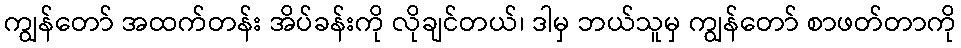
ကျွန်တော် အထက်တန်း အိပ်ခန်းကို လိုချင်တယ်၊ ဒါမှ ဘယ်သူမှ ကျွန်တော် စာဖတ်တာကို